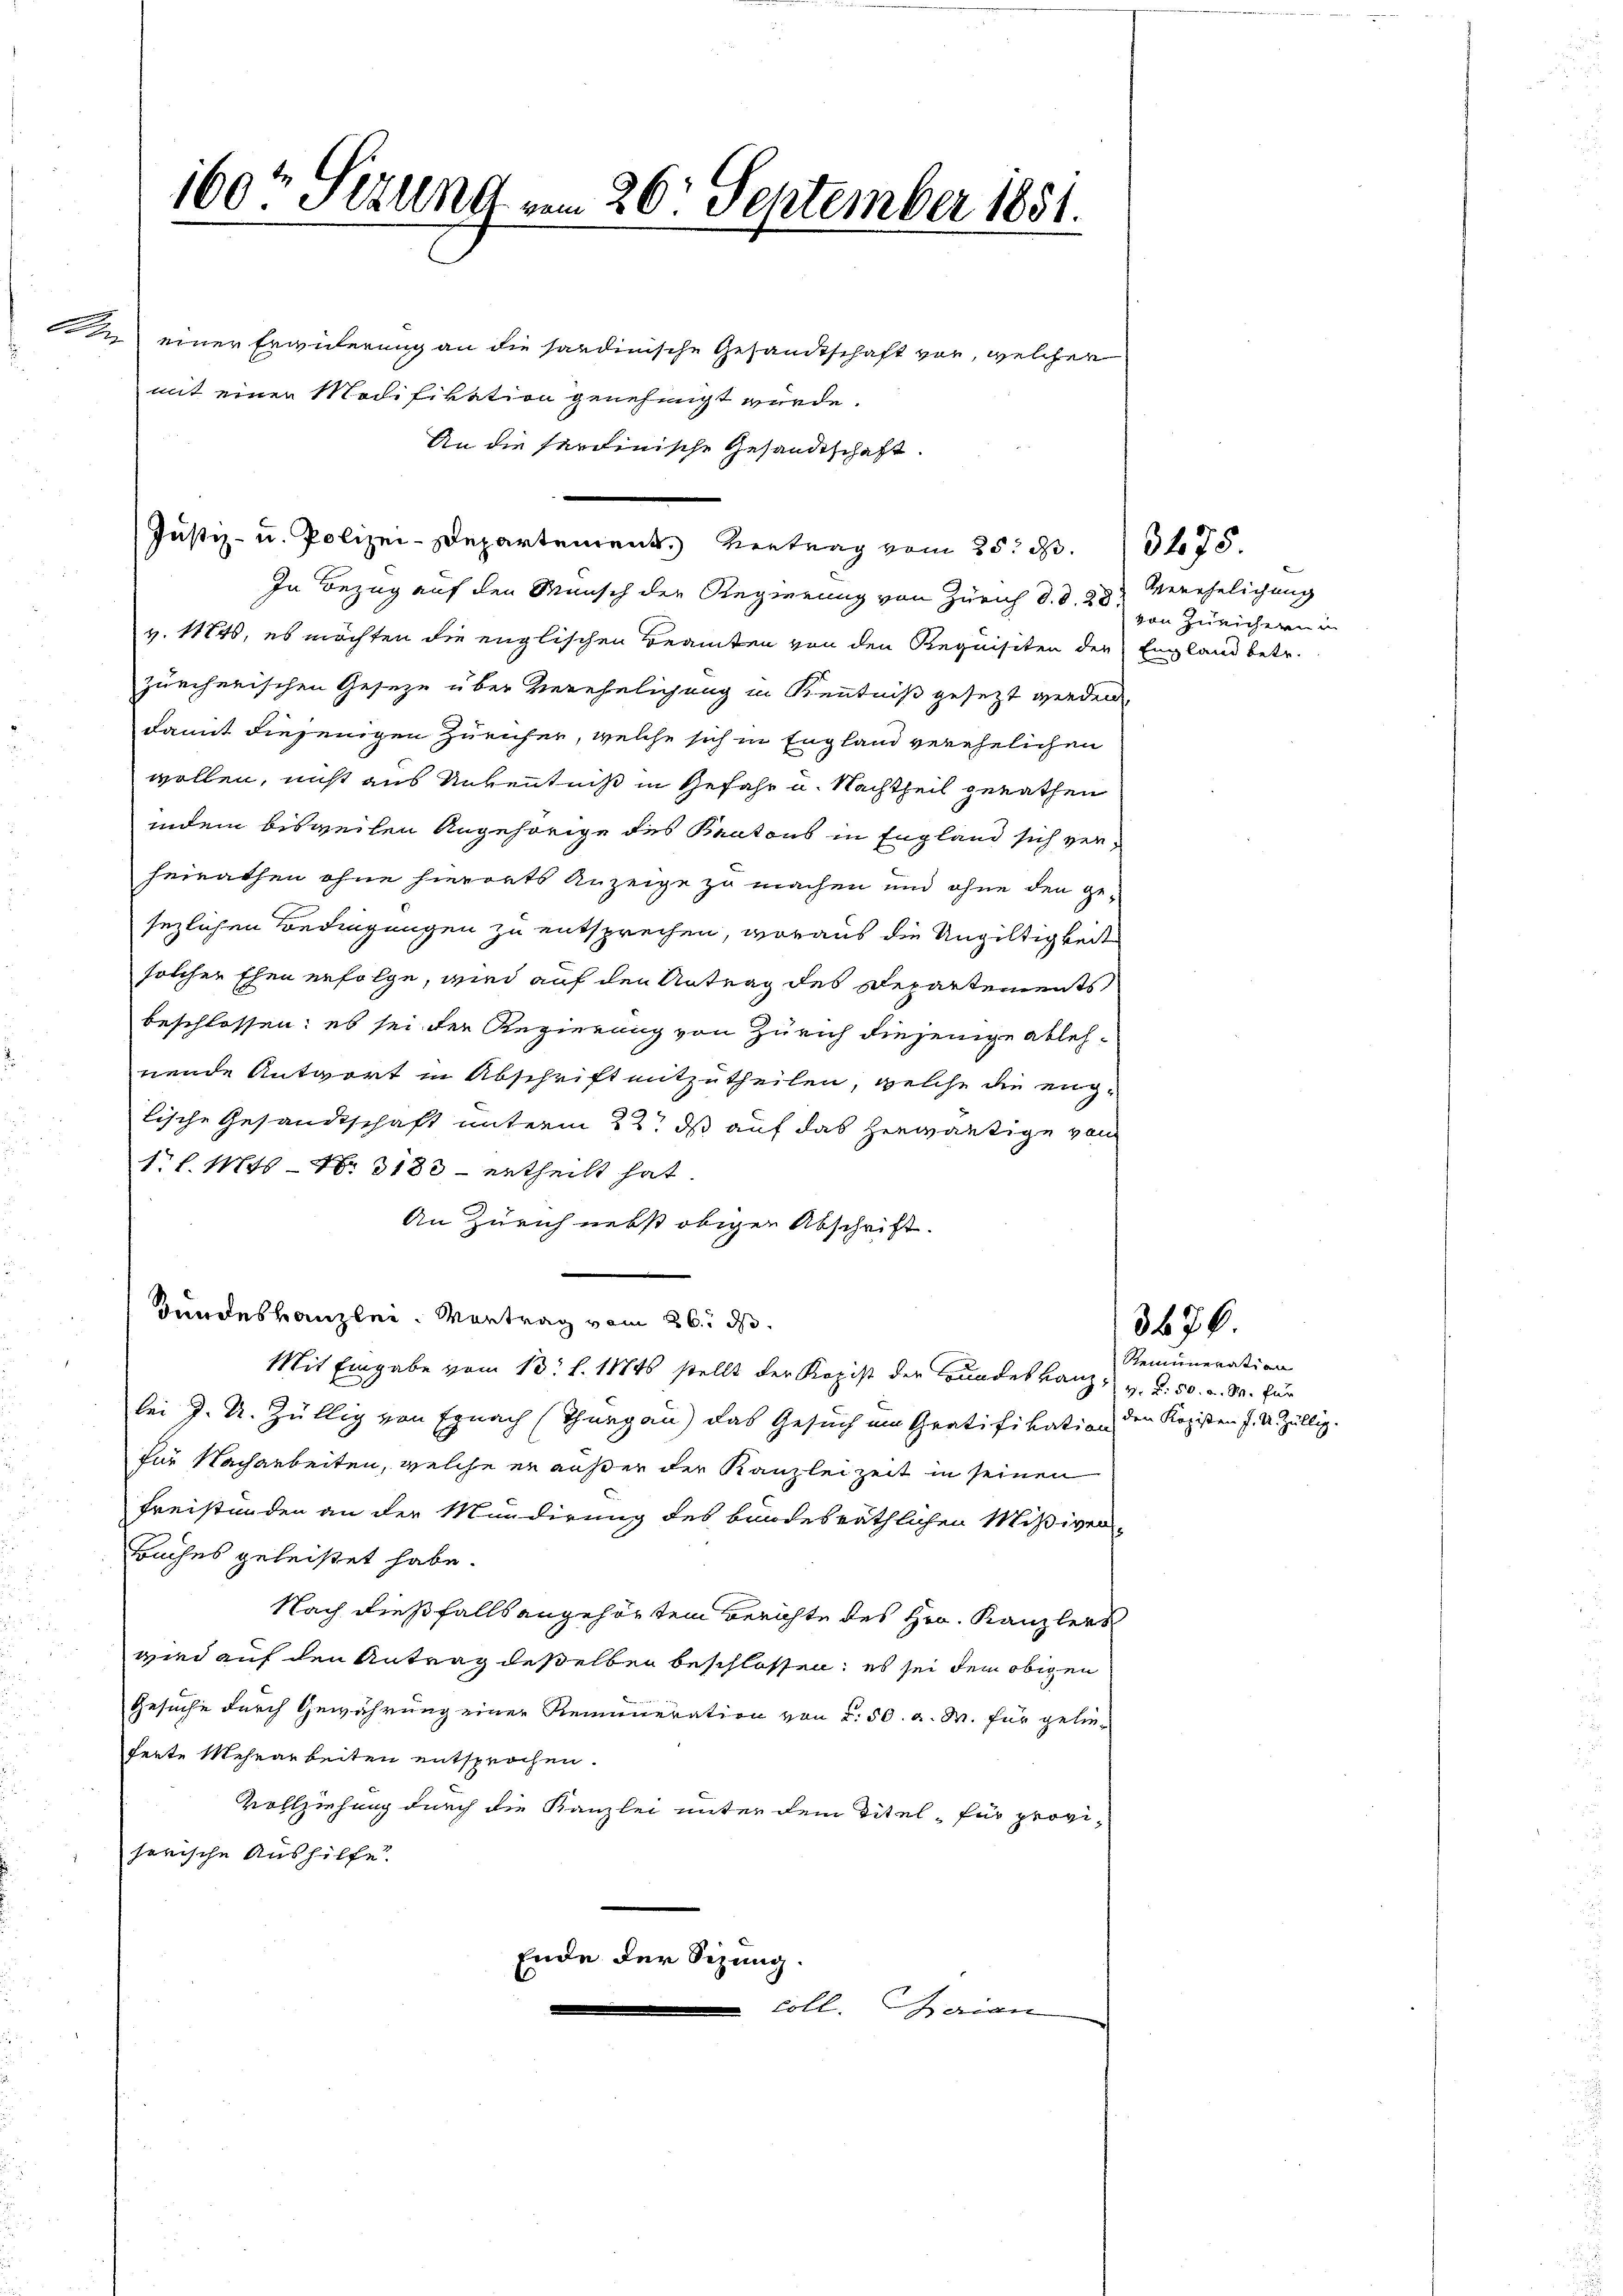
n einer Erwiderung an die sardinische Gesandtschaft vor, welcher
mit einer Modifikation genehmigt würde.
An die Ferdinische Gesandtschaft.
In Bezug auf den Wunsch der Regierung von Zürich d. d. 28. Verehelichung
v. 11840, es möchten die englischen Beamten von den Requisiten der England betr.
zürcherischen Geseze über Verehelichung in Kenntniß gesetzt werden,
damit diejenigen Züricher, welche sich in England verehelichen
wollen, nicht aus Unkentniß in Gefahr u. Nachtheil gerathen
indem bisweilen Angehörige des Kantons in England sich verheirathen ohne hierorts Anzeige zu machen und ohne den ge-
sezlichen Bedingungen zu entsprechen, woraus die Ungültigkeit
solcher Ehen erfolge, wird auf den Antrag des Departements
beschlossen; es sei der Regierung von Zürich diejenige ablehnende Antwort in Abschrift mitzutheilen, welche die eng-
lische Gesandtschaft unterm 22. ds auf das herwärtige von
1. l. Mts. Nr. 3188 - ertheilt hat.
An Zürich nebst obigen Abschrift.
Bundeskanzlei. Vortrag vom 26. ds.
Mit Eingabe vom 13. l. 18846 stellt der Kopist der Bundes Lanz, v. 2. 50. d. M. für
bei J. U. Züllig von Egnach (Thurgau) das Gesuch um Gratifikation den Kopisten J. U. Züllig.
für Nacharbeiten, welche er außer der Kanzlei zeit in seinen
Freistunden an der Mundirung des bundesräthlichen Mißiven
Buches geleistet habe.
Nach dießfalls angehörtem Berichte des Hrn. Kanzlers
wird auf den Antrag deßelben beschlossen; es sei dem obigen
Gesuche durch Gewährung einer Remuneration von d. 50. a. M. für gelieferte Mehrarbeiten entsprochen.
Vollziehung durch die Kanzlei unter dem Titel, für proviherische Aushilfe.
Ende der Sitzung.
coll. Maion

160t Sezung vom 26. September 1851.

Justiz- u. Polizei-Departement. Vertrag vom 25. 23. 13475.

von Züricherun

Remuneration

3676